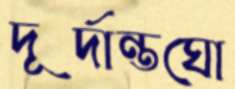
দূর্দান্তঘো